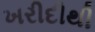
ખરીદીથી